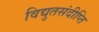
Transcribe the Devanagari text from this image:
विद्युतसंदीप्ति